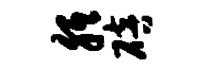
胝碚